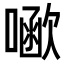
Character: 𠾗